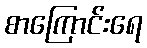
စာကြောင်းရေ